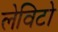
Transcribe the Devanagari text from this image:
लेविटो